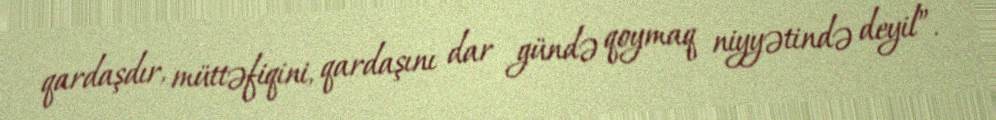
qardaşdır, müttəfiqini, qardaşını dar gündə qoymaq niyyətində deyil”.